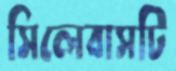
সিলেবাসটি